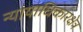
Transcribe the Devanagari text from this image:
न्यायाधिकारक्षेत्र